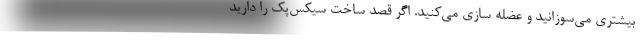
بیشتری می‌سوزانید و عضله سازی می‌کنید. اگر قصد ساخت سیکس‌پک را دارید